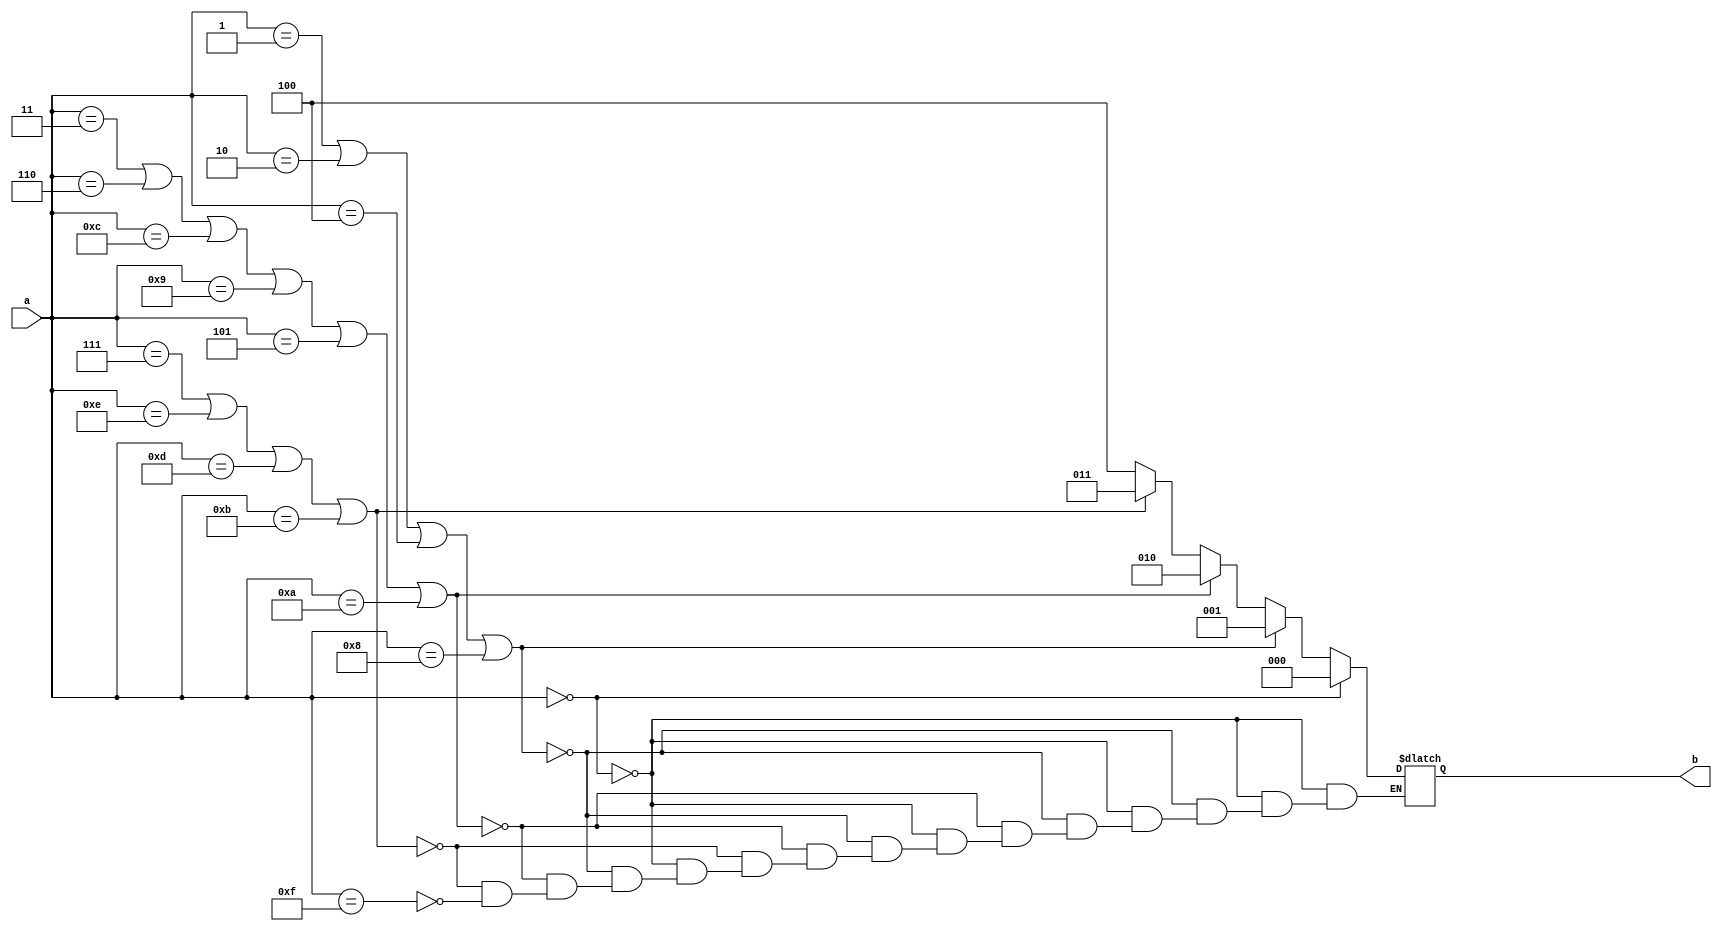
module lut4_3(a,b);
  input[3:0]a;
  output reg [2:0]b;
  always @(*)
  begin
    if (a==4'b0000)
      b=3'b000;
    else if(a==4'b0001 || a==4'b0010 ||a==4'b0100 ||a==4'b1000)
     b=3'b001;
    else if(a==4'b0011 || a==4'b0110 ||a==4'b1100 ||a==4'b1001||a==4'b0101 || a==4'b1010 )
       b=3'b010;
    else if(a==4'b0111 ||a==4'b1110 || a==4'b1101 ||a==4'b1011)
      b=3'b011;
    else if  (a==4'b1111)
      b=3'b100;
end
endmodule